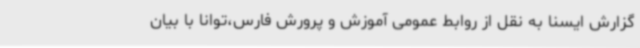
گزارش ایسنا به نقل از روابط عمومی آموزش و پرورش فارس،توانا با بیان